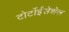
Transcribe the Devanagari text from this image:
टोर्टोईसेशेल